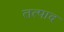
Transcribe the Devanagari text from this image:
तत्पाद